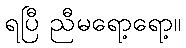
ရပြီ ညီမရော့ရော့။